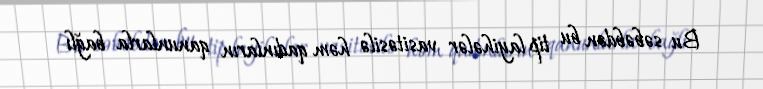
Bu səbəbdən bu tip layihələr vasitəsilə həm qadınların qanunlarla bağlı